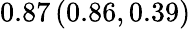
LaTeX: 0.87\left(0.86,0.39\right)